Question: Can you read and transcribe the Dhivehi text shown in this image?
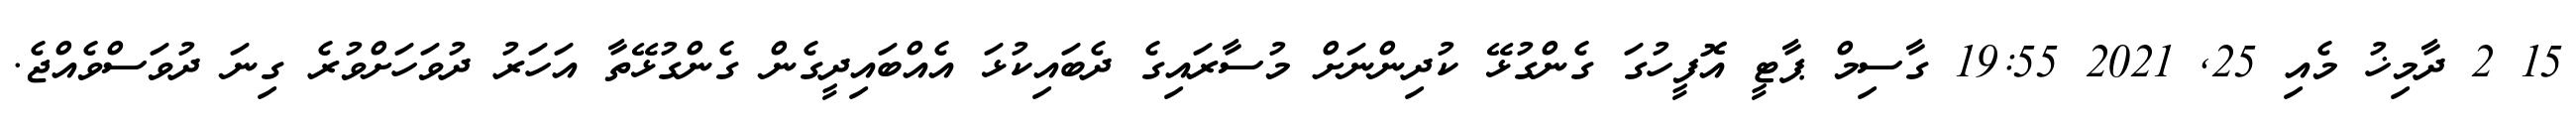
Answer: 15 2 ދާމިޚު މެއި 25, 2021 19:55 ގާސިމް ޕާޓީ އޮފީހުގަ ގެންގުޅޭ ކުދިންނަށް މުސާރައިގެ ދެބައިކުޅަ އެއްބައިދީގެން ގެންގުޅޭތާ އަހަރު ދުވަހަށްވުރެ ގިނަ ދުވަސްވެއްޖެ.